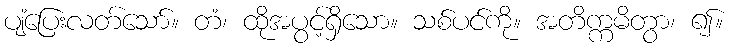
ပျံပြေးလတ်သော်။ တံ၊ ထိုအပွင့်ရှိသော။ သစ်ပင်ကို။ အတိက္ကမိတွာ၊ ၍။